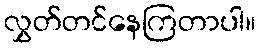
လွှတ်တင်နေကြတာပါ။